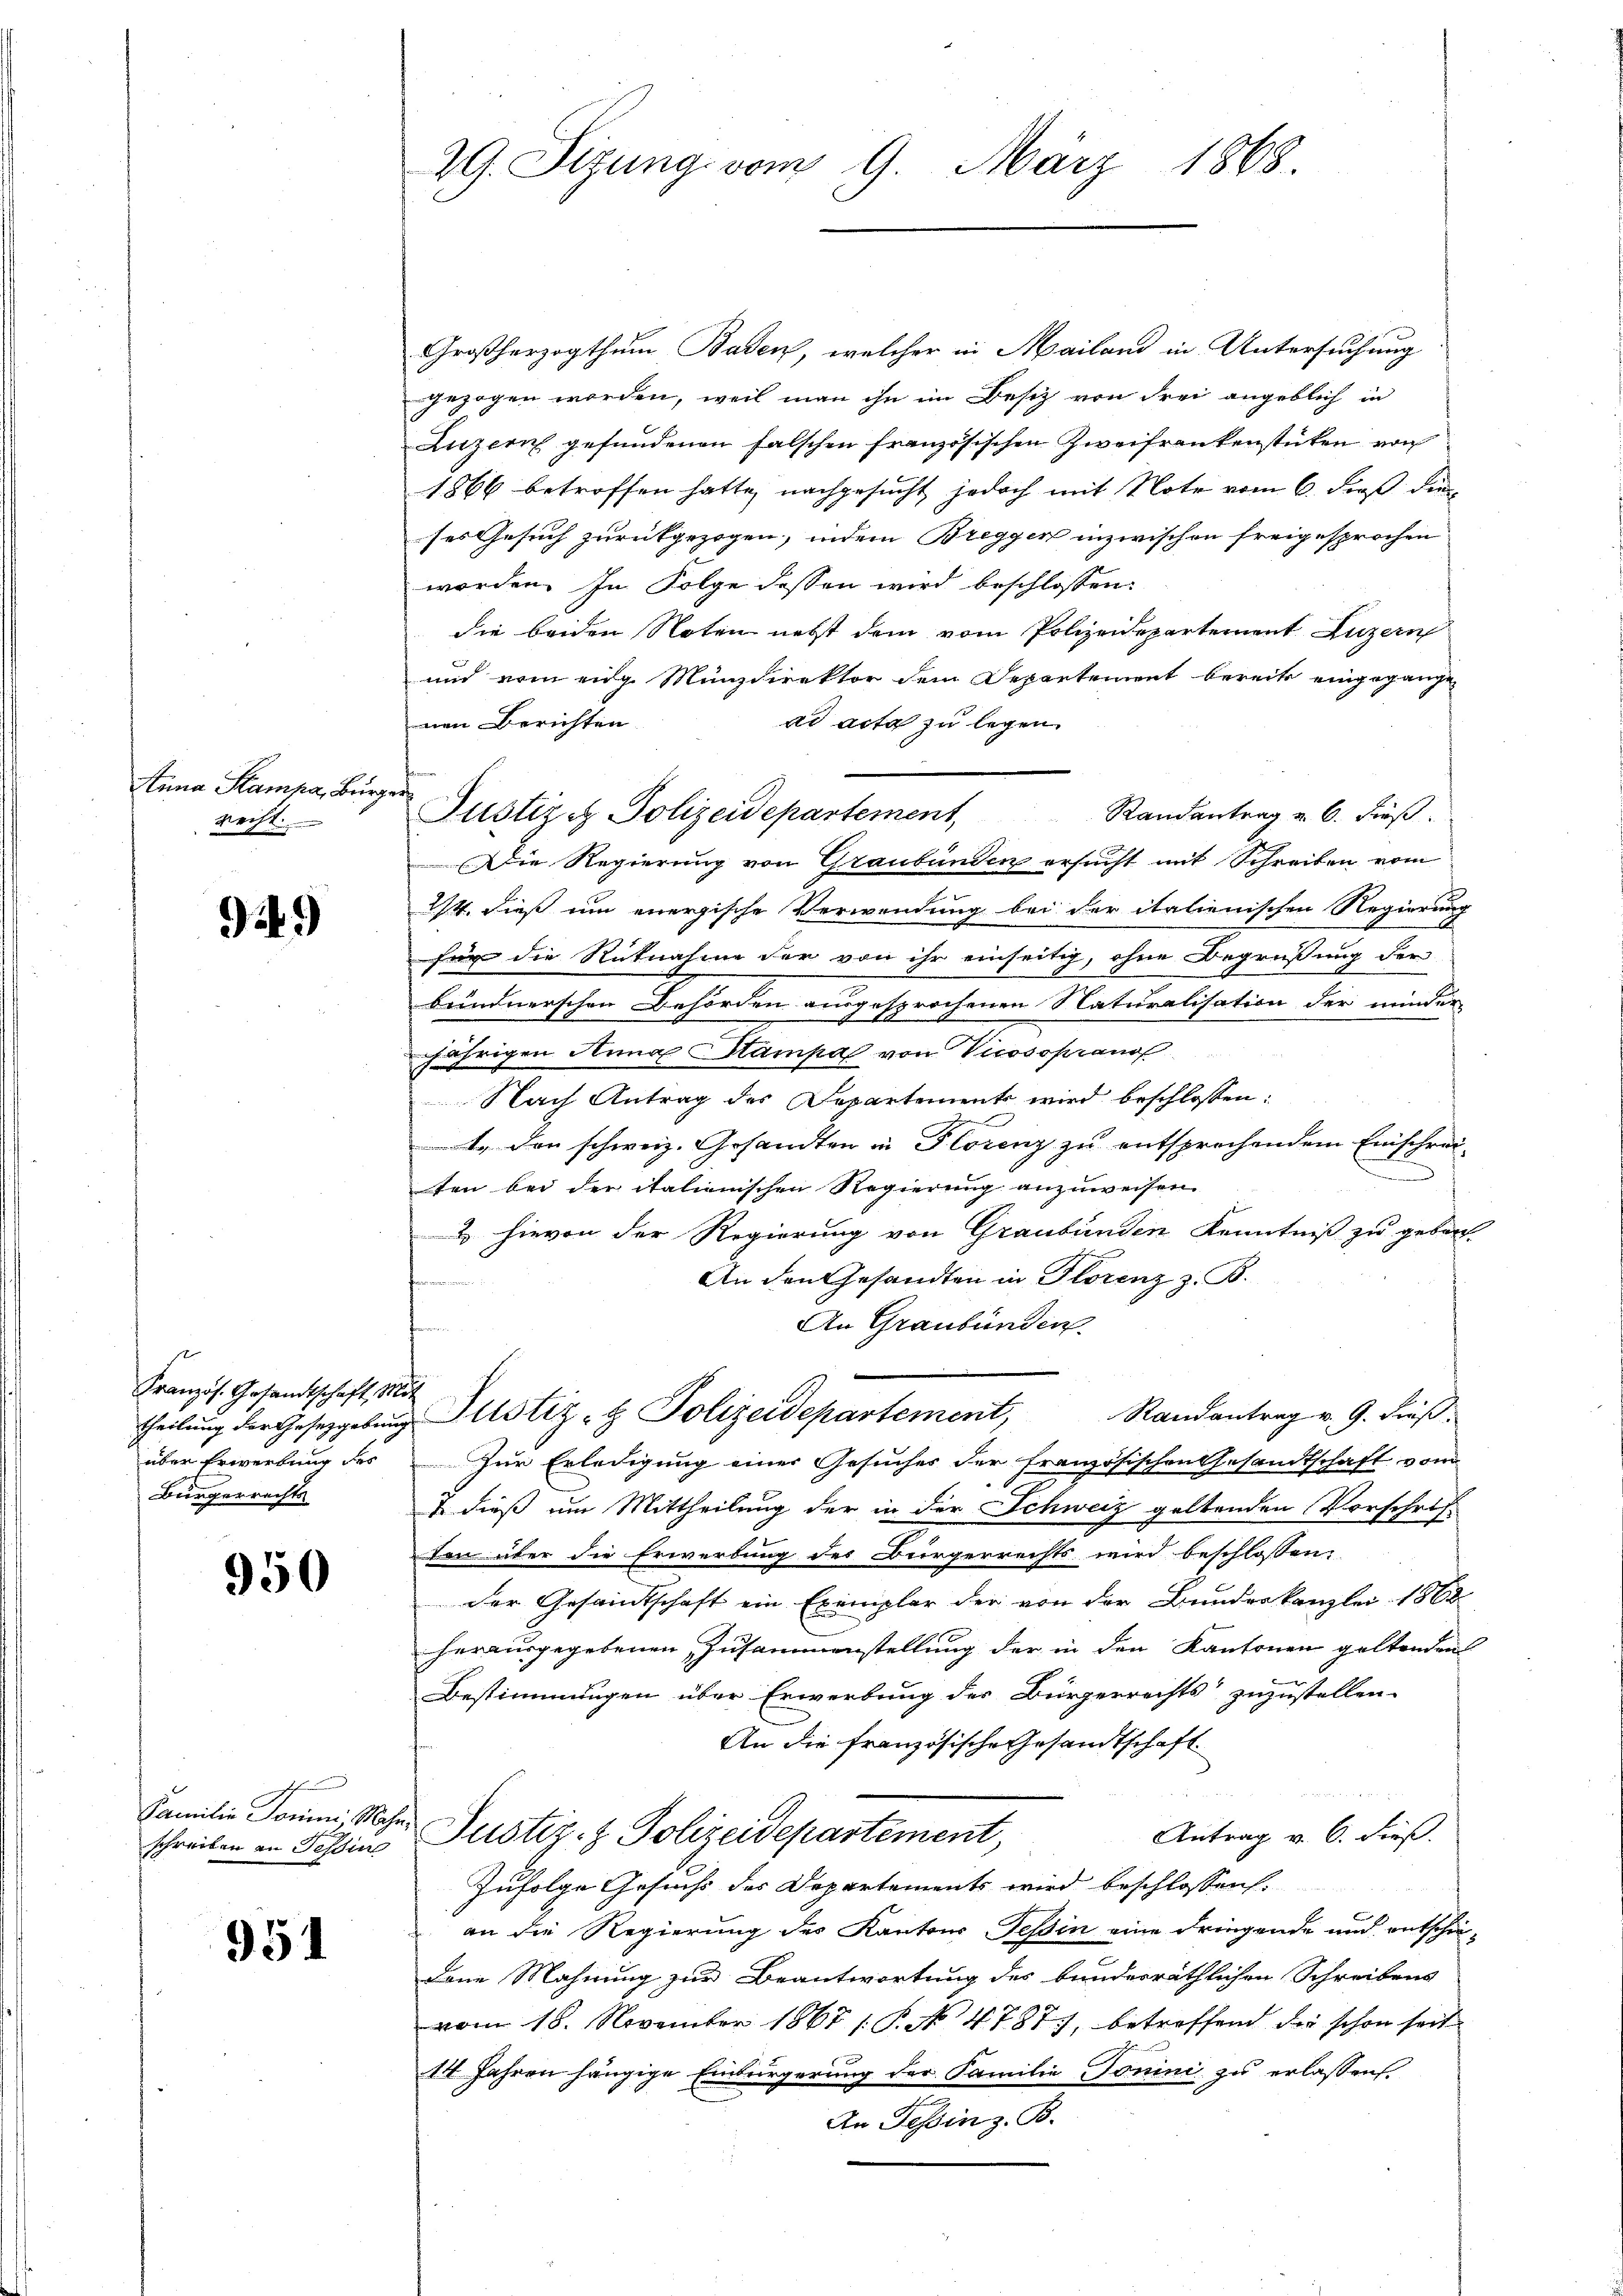
tina Stampe, Bürger
recht

949)

Französ. Gesandtschaft, Mit
theilung der Gesetzgebung
über Erwerbung des
Bürgerrechts

950

Familie Jonini Ma

951

29. Sizung vom 9. März 1868.

Justiz. Polizeidepartement Randantrag u. 6. Fuß.

Großherzogthum Baden, welcher in Mailand in Untersuchung
gezogen worden, weil man ihn im Besitz von Frei angeblich in
Luzern gefundenen falschen französischen Zweifrankenstücken von
1866 betroffen hatte, nachgesucht jedoch mit Note vom 6. dieß die
ses Gesuch zurückgezogen, indem Breggen inzwischen freigesprochen
worden. In Folge dessen wird beschlossen:
die beiden Noten nebst dem vom Polizeidepartement Luzern
und vom eidg. Münzdirektor dem Departement bereits eingegange
nen Berichten
ad acta zu legen.
Die Regierung von Graubünden ersucht mit Schreiben vom
2/4. dieß um energische Verwendung bei der italienischen Regierung
für die Rücknahme der von ihr einseitig, ohne Begrüßung der
bündnerschen Behörden ausgesprochenen Naturalisation der minder
jährigen Anna Stampa von Vicosoprands
Nach Antrag des Departements wird beschlossen:
1. den schweiz. Gesandten in Florenz zu entsprechendem Einschreiten bei der italienischen Regierung anzuweisen.
& hievon der Regierung von Graubünden Kenntniß zu gebor¬
An den Gesandten in Florenz z. B.
An Graubünden
t
Justiz- & Polizeidepartement, Randantrag v. 9. dieß.
Zur Erledigung einer Gesuches der französischen Gesandtschaft vom
I dieß um Mittheilung der in der Schweiz geltenden Vorschrif
den über die Erwerbung des Bürgerrechts wird beschlossen:
der Gesamtschaft ein Exemplar der von der Bundeskanzlei 1862
herausgegebenen Zusammenstellung der in den Kantonen geltenden
Bestimmungen über Erwerbung der Bürgerrechts zuzustellen.
An die französische Gesandtschaft
b
Antrag v. 6. dieß.
schreiben an Tessin Justiz- & Polizeidepartement,
Zufolge Gesuchs des Departements wird beschlossen.
an die Regierung des Kantons Tessin eine dringende und entschie-
dene Mahnung zur Beantwortung des bundesräthlichen Schreibens
vom 18. November 1867 / P. N. 4787, betreffend die schon seit
14 Jahren hängige Einbürgerung der Familie Tonini zu erlassen.
In Tessin z. B.